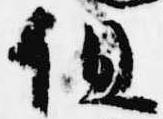
但